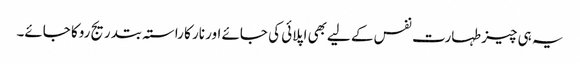
یہ ہی چیز طہارت نفس کے لیےبھی اپلائی کی جائے اور نار کا راستہ بتدریج روکا جائے۔